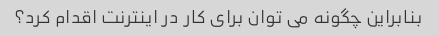
بنابراین چگونه می توان برای کار در اینترنت اقدام کرد؟